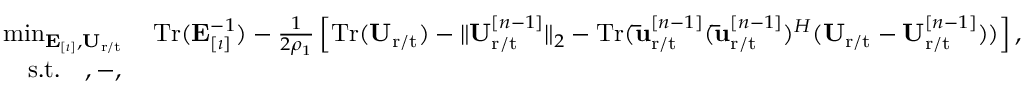
\begin{array} { r l } & { \operatorname* { m i n } _ { \mathbf { E } _ { [ \imath ] } , \mathbf { U } _ { \mathrm { r } / \mathrm { t } } } \quad \mathrm { T r } ( \mathbf { E } _ { [ \imath ] } ^ { - 1 } ) - \frac { 1 } { 2 \rho _ { 1 } } \left[ \mathrm { T r } ( \mathbf { U } _ { \mathrm { r } / \mathrm { t } } ) - \| \mathbf { U } _ { \mathrm { r } / \mathrm { t } } ^ { [ n - 1 ] } \| _ { 2 } - \mathrm { T r } ( \mathbf { \bar { u } } _ { \mathrm { r } / \mathrm { t } } ^ { [ n - 1 ] } ( \mathbf { \bar { u } } _ { \mathrm { r } / \mathrm { t } } ^ { [ n - 1 ] } ) ^ { H } ( \mathbf { U } _ { \mathrm { r } / \mathrm { t } } - \mathbf { U } _ { \mathrm { r } / \mathrm { t } } ^ { [ n - 1 ] } ) ) \right] , } \\ & { \quad \mathrm { s . t . } \quad , - , } \end{array}